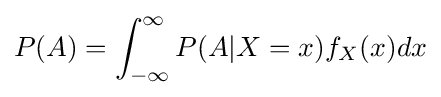
P(A)=\int _{-\infty }^{\infty }P(A|X=x)f_{X}(x)dx